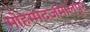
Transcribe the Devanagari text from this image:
मोहम्मदजमालपुर